Vital statistics of India. Vol. IV, Annual returns from 1871 to 1876. British Army of India, Native Army and jails of Bengal
Year: 1871
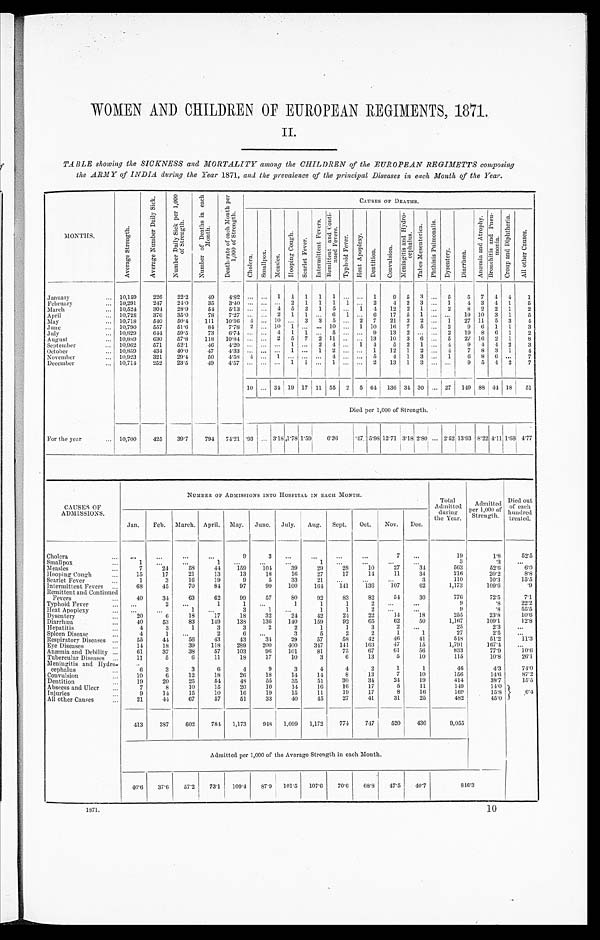
WOMEN AND CHILDREN OF EUROPEAN REGIMENTS, 1871.
II.
TABLE showing the SICKNESS and MORTALITY among the CHILDREN of the EUROPEAN REGIMETTS composing
the ARMY of INDIA during the Year 1871, and the prevalence of the principal Diseases in each Month of the Year.
MONTHS.
A v e r a g e S t r e n g t h .
A v e r a g e N u m b e r D a i l y S i c k .
N u m b e r D a i l y S i c k p e r 1 , 0 0 0 o f S t r e n g t h .
N u m b e r o f D e a t h s i n e a c h M o n t h .
D e a t h - r a t e o f e a c h M o n t h p e r 1 , 0 0 0 o f S t r e n g t h .
CAUSES OF DEATHS.
C h o l e r a .
S m a l l p o x .
M e a s l e s .
H o o p i n g C o u g h . S e a r l e t F e v e r .
I n t e r m i t t e n t F e v e r s .
R e m i t t e n t a n d C o n t i - n u e d F e v e r s .
T y p h o i d F e v e r .
H e a t A p o p l e x y . D e n t i t i o n .
C o n v u l s i o n .
M e n i n g i t i s a n d H y d r o - c e p h a l u s . T a b e s M e s e n t e r i c a .
P h t h i s i s P u l m o n a l i s .
D y s e n t e r y .
D i a r r h œ a .
A n æ m i a a n d A t r o p h y . B r o n c h i t i s a n d P n e u - m o n i a . C r o u p a n d D i p h t h e r i a .
A l l o t h e r C a u s e s .
January
10,159
226
22.2
49
4.82 ... ... 1 1 1 1 1 ... ... 1
9 5 3 ... 5
5 7 4 4
1
February
10,291
247
24.0
35
3.40 ... ...
. . . 2 1 1 1 1 ... 2
4 2 3 ... 1
4 3 4 1
5
March
10,524
304 28.9
54 5.13 ... ...
4 5 2 1 5 ... 1 4
12 2 1 ... 2
8 2 2 1
2
April
10,728
376
35.0
78
7.27 ... ... 2 1 1 ... 6 1 ... 6 17 5 1 ... ... 19 10 3 1
5
May
10,718
540
50.4 111 10.36 4 ... 10 ... 3 3 5 ... 2 7 21 3 2 ... 1 27 11 5
3 4
June
10,790
557
51.6
84
7.78 2 ... 10 1 ... ... 10 ... 1 10 16 7 5 ... 2
9 6 1
1 3
J u l y 10,829
6 4 4 59.5
73
6.74 . . . ... 4 1 1 ... 5 ... ... 9 13 2 ... ... 2 19 8 6 1
2
August
10,889
630
57.8 118 10.84 . . . . . . 2 5 7 2 11
. . . ... 13 10 3 6 ... 5 27 16 2 1
8
September
10,962 571
52.1
46
4 . 2 0 ... ... ... 1 ... 2 4 ... 1 4
5 2 1 ... 4
9 4 4 2
3
October
10,859
434 40.0
47
4. 33 . . . ...
. . . 1 ... 1
2 ... ... 1 12 1 2 ... 4
7 8 3 1
4
November
10,923
321
29.4
5 0 4.58 4 ... 1 . . .
... ...
4 . . . ...
5 4 1 3 ... 1
6 8
6 . . .
7
December
10,714
252
23.5
49
4.57 . . . . . . ... 1
1 ... 1
. . . ... 2
1 3
1
3 ... ...
9 5
4 2
7
10 . . . 34 1 9 17 11 55
2 5 64 136
3 4 30 ... 27 149 88
4 4 18 51
Died per 1,000 of Strength.
For the year
10,700
425
39.7
794 74.21 .93 ...
3 . 1 8 1 . 7 8 1.59
6.36
.47 5.98 12.71
3 . 1 8 2 . 8 0
. . .
2.52
1 3 . 9 3 8.22 4 . 1 1 1 . 6 8
4 . 7 7
CAUSES OF
ADMISSIONS.
NUMBER OF ADMISSIONS INTO HOSPITAL IN EACH MONTH.
Total
Admitted
during
the Year.
Admitted
per 1,000 of
Strength.
Died out
of each
hundred
treated.
Jan. Feb. March. April. May. June. July. Aug. Sept. Oct. Nov. Dec.
C h o l e r a
. . .
...
...
...
9
3
. . . . . .
. . . ...
7
...
1 9
1 . 8
5 2 . 5
Smallpox
1
...
...
1
. . . ...
...
1
. . . ...
...
...
3
. 3 . . .
Measles
7
24
58
44
159
104
39
29
28
10
2 7
34
5 6 3
5 2 . 6
6 . 9
Hooping Cough
15
17
21
13
13
18
16
27
17
14
1 1
3 4
2 1 6
2 0 . 2
8 . 8
Scarlet Fever
1
3
16
19
9
5
33
21 ...
...
. . .
3
1 1 0
1 0 . 3
1 5 . 5
Intermittent Fevers
68
45
70
84
97
99
100
164
141
136
1 0 7
6 2
1 , 1 7 3
1 0 9 . 6
. 9
R e m i t t e n t a n d C o n t i n u e d F e v e r s .
40
34
63
62
99
57
80
92
83
82
54
30
776
72.5
7 . 1
Typhoid Fever
. . .
2
. . .
1
1
. . .
1
1
1
2
. . . ...
9
. 8
2 2 . 2
Heat Apoplexy
. . .
...
1 ...
3
1
. . .
1
1
2
. . .
...
9
. 8
5 5 . 5
Dysentery
20
6
18
17
18
32
24
42
24
22
1 4
18
2 5 5
2 3 . 8
12.8
D i a r r h œ a
40
53
83
149
138
136
140
159
92
65
62
50
1,167
109.1
1 0 . 6
H e p a t i t i s
4
3
1
3
3
2
2
1
1
3
2
. . .
2 5
2 . 3 ...
Spleen Disease
4
1
. . .
2
6
. . .
3
5
2
2
1
1
2 7
2 . 5
. . .
Respiratory Diseases
55
44
56
43
43
34
29
57
58
42
46
4 1
5 4 8
5 1 . 2
1 1 . 3
Eye Diseases
14
18
39
118
289
200
400
347
141
163
4 7
1 5
1 , 7 9 1
1 6 7 . 4
. . .
Anæmia and Debility
6 1
37
38
57
103
96
101
81
75
67
6 1
5 6
8 3 3
7 7 . 9
1 0 . 6
Tubercular Diseases
11
5
6
11
18
17
10
3
6
13
5
1 0
1 1 5
1 0 . 8
2 6 . 1
Meningitis and Hydro-
cephalus
6
3
3
6
4
9
3
4
4
2
1
1
4 6
4 . 3
7 4 . 0
Convulsion
10
6
12
18
26
18
14
14
8
1 3
7
10
1 5 6
1 4 . 6
8 7 . 2
Dentition
19
20
25
54
48
55
35
51
30
3 4
2 4
1 9
4 1 4
3 8 . 7
1 5 . 5
Abscess and Ulcer
7
8
10
15
20
10
14
16
16
17
5
11
1 4 9
1 4 . 0
6 . 4
Injuries
9
14
15
10
16
19
15
11
19
17
8
1 6
1 6 9
1 5 . 8
All other Causes
21
44
67
57
51
33
40
45
27
41
31
2 5
4 8 2
4 5 . 0
413
387
602
784 1,173
948 1,099 1,172
774
747
520
436
9,055
Admitted per 1,000 of the Average Strength in each Month.
40.6 37.6
57.2
73.1 109.4 87.9 101.5 107.6 70.6 68.8 47.5
40.7
8 4 6 . 3
1871.
10